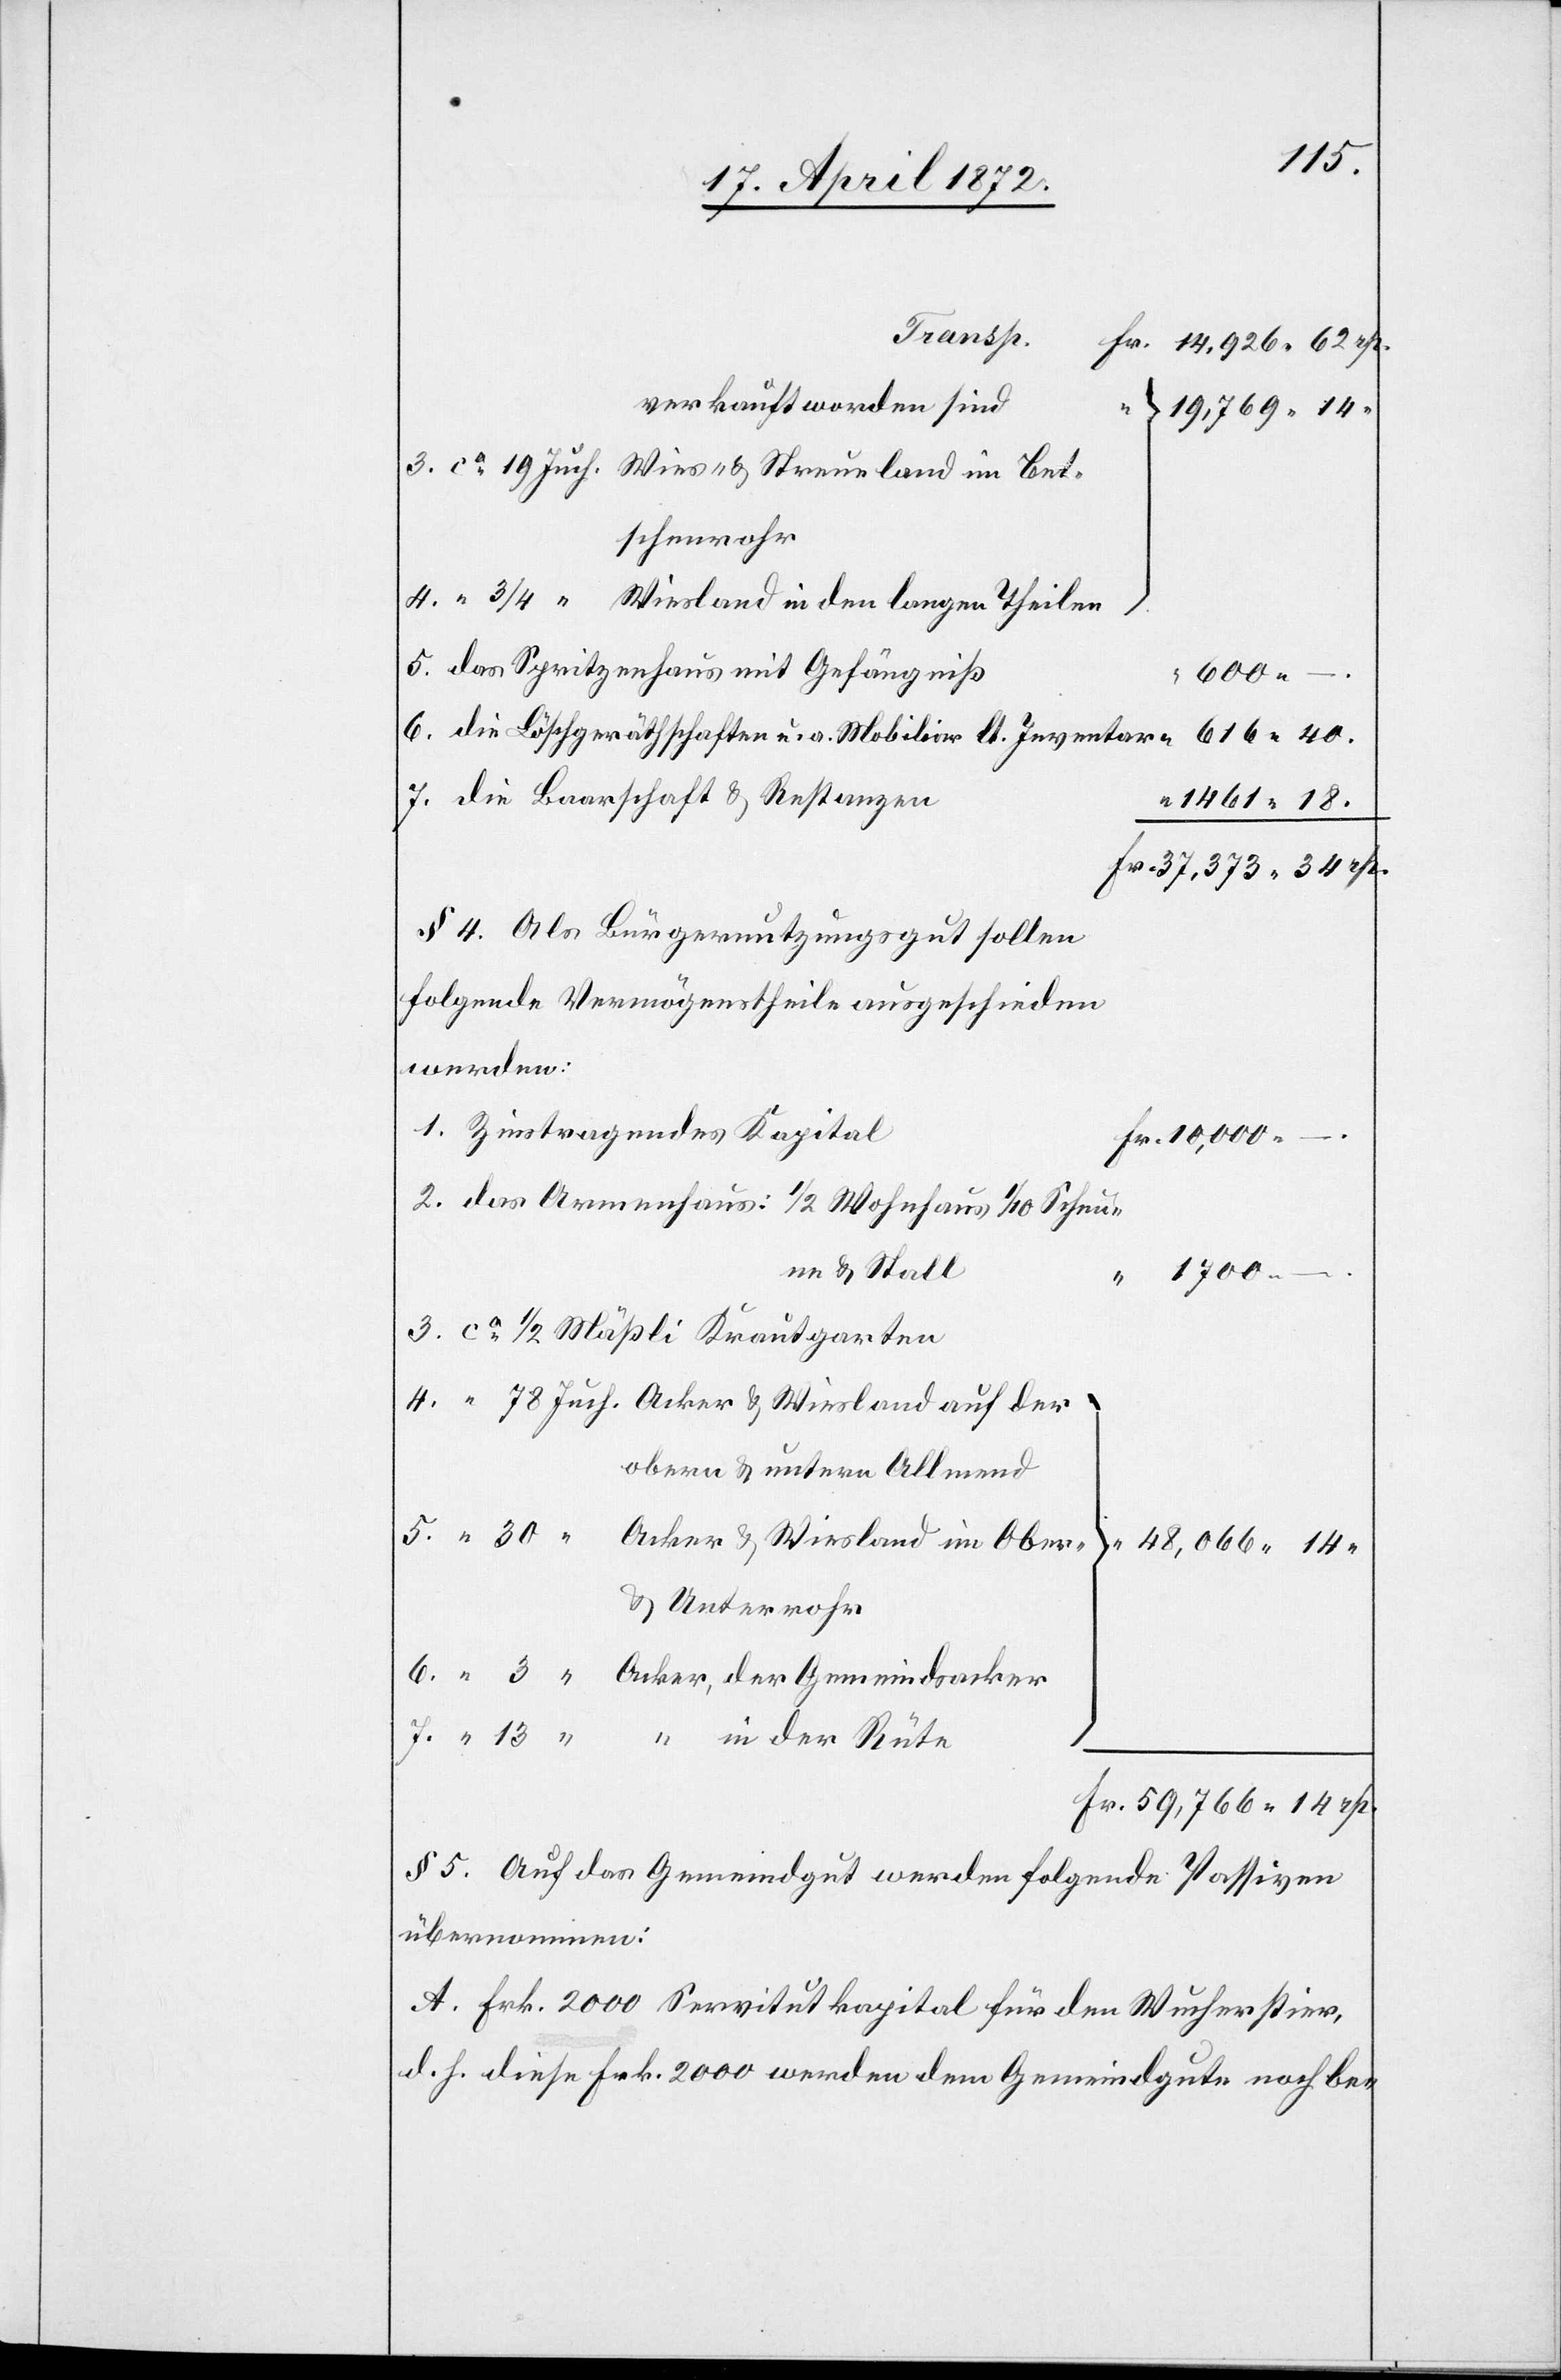
18.
verkauft worden sind
19,769 14
3. ca 19 Juch. Wies- u. Streueland im Bet¬
schenrohr
4. “ 3/4 “ Wiesland in den langen Theilen
5. Das Spritzenhaus mit Gefängniß
600
6. Die Löschgeräthschaften u. a. Mobiliar lt. Inventar
7. Die Baarschaft u. Restanzen
§ 4. Als Bürgernutzungsgut sollen
folgende Vermögenstheile ausgeschieden
werden:
1. Zinstragendes Kapital
rp.
2. Das Armenhaus: 1/2 Wohnhaus 1/10 Scheun¬
e u. Stall
1700
“
3. ca 1/2 Mäßli Krautgarten
obern u. untern Allmend
}
u. Unterrohr
§ 5. Auf das Gemeindgut werden folgende Passiven
übernommen:
A. Frk. 2000 Servitutkapital für den Wucherstier,
d. h. diese Frk. 2000 werden dem Gemeindgut noch be-